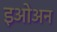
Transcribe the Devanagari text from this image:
इओअन